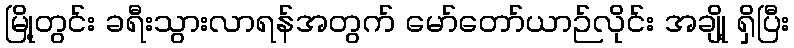
မြို့တွင်း ခရီးသွားလာရန်အတွက် မော်တော်ယာဉ်လိုင်း အချို့ ရှိပြီး